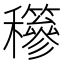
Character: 𥤇